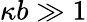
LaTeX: \kappa b\gg 1